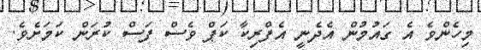
މިހެންވެ އެ ގައުމުން އެދެނީ އެފްރިކާ ކަޕް ވެސް ފަސް ކުރަން ކަމަށެވެ.